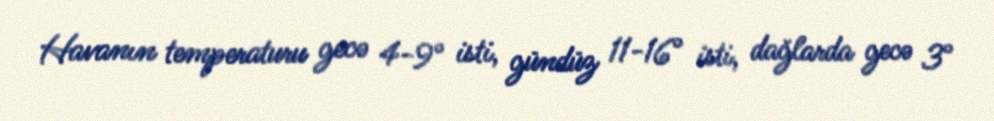
Havanın temperaturu gecə 4-9° isti, gündüz 11-16° isti, dağlarda gecə 3°